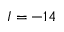
I = - 1 4